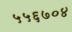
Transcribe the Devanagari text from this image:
५५६७०४